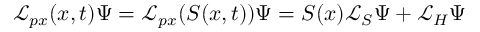
\mathcal { L } _ { p x } ( x , t ) \Psi = \mathcal { L } _ { p x } ( S ( x , t ) ) \Psi = S ( x ) \mathcal { L } _ { S } \Psi + \mathcal { L } _ { H } \Psi